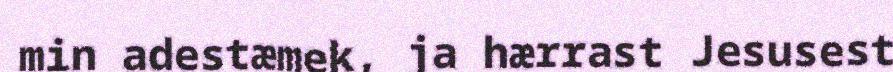
min adestæmek, ja hærrast Jesusest